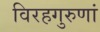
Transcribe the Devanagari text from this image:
विरहगुरुणां